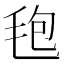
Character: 𣭚